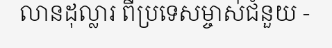
លានដុល្លារ ពីប្រទេសម្ចាស់ជំនួយ -